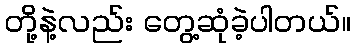
တို့နဲ့လည်း တွေ့ဆုံခဲ့ပါတယ်။